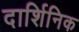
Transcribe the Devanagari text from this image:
दार्शिनिक